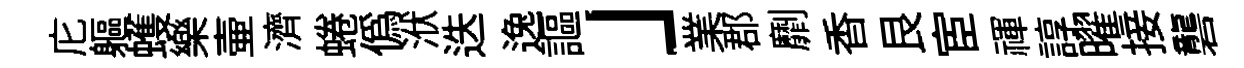
庀軀蠖樂壷濟蜷僞洑迭逸謳」業郡劘香艮宦禈諄曜接礱